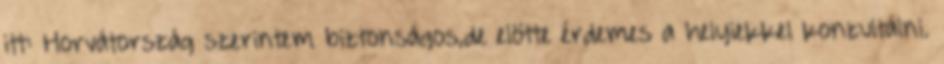
itt: Horvátország szerintem biztonságos,de elötte érdemes a helyiekkel konzultálni.